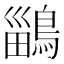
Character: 鶅